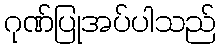
ဂုဏ်ပြုအပ်ပါသည်